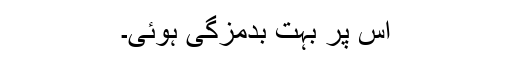
اس پر بہت بدمزگی ہوئی۔